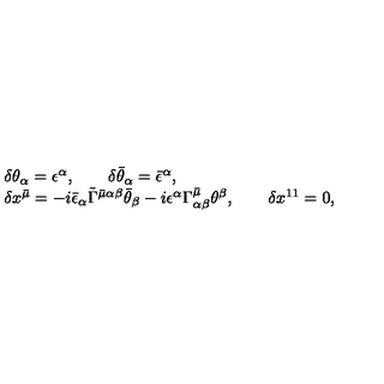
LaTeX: \begin{array} { l } { \delta \theta _ { \alpha } = \epsilon ^ { \alpha } , \qquad \delta \bar { \theta } _ { \alpha } = \bar { \epsilon } ^ { \alpha } , } \\ { \delta x ^ { \bar { \mu } } = - i \bar { \epsilon } _ { \alpha } \tilde { \Gamma } ^ { \bar { \mu } \alpha \beta } \bar { \theta } _ { \beta } - i \epsilon ^ { \alpha } \Gamma _ { \alpha \beta } ^ { \bar { \mu } } \theta ^ { \beta } , \qquad \delta x ^ { 1 1 } = 0 , } \\ \end{array}